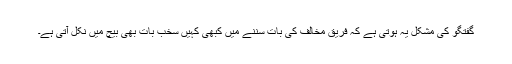
گفتگو کی مشکل یہ ہوتی ہے کہ فریق مخالف کی بات سننے میں کبھی کہیں سخب بات بھی بیچ میں نکل آتی ہے۔